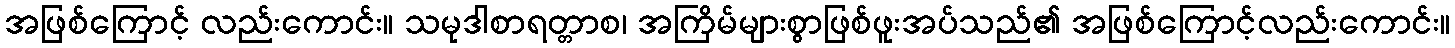
အဖြစ်ကြောင့် လည်းကောင်း။ သမုဒါစာရတ္တာစ၊ အကြိမ်များစွာဖြစ်ဖူးအပ်သည်၏ အဖြစ်ကြောင့်လည်းကောင်း။